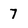
Character: 7